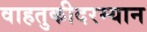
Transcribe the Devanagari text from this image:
वाहतुकीदरम्यान